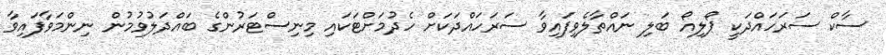
ސާކް ސަރަހައްދަކީ ޕޯލިއޯ ބަލި ނައްތާލެވިފައިވާ ސަރަހައްދަކަށް ހެދުމަށްޓަކައި މިނިސްޓަރުންގެ ބައްދަލުވުމުން ނިންމަވާފައިވާ